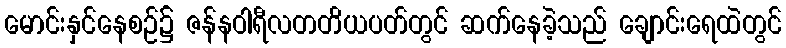
မောင်းနှင်နေစဉ်၌ ဇန်နဝါရီလတတိယပတ်တွင် ဆက်နေခဲ့သည် ချောင်းရေထဲတွင်